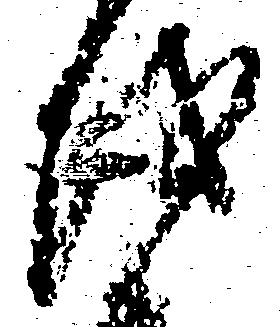
越